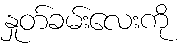
နှုတ်ခမ်းလေးကို